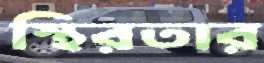
স্থিরতার